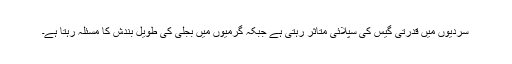
سردیوں میں قدرتی گیس کی سپلائی متاثر رہتی ہے جبکہ گرمیوں میں بجلی کی طویل بندش کا مسئلہ رہتا ہے۔